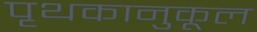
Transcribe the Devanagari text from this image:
पृथकानुकूल